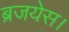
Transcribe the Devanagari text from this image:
ब्रजयेस।